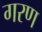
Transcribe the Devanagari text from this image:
गरण